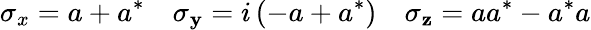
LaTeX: \sigma_{x}=a+a^{*}\quad\sigma_{\mathbf{y}}=i\left(-a+a^{*}\right)\quad\sigma_{\mathbf{z}}=aa^{*}-a^{*}a